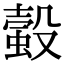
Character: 𧏚